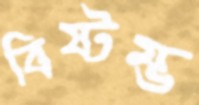
বিষ্টম্ভ